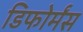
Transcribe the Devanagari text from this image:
डिफोर्मंस